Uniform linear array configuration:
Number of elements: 24
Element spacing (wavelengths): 0.75
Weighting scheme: hamming
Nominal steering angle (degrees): -15
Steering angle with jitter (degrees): -13.539
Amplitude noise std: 0.05
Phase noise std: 0.05

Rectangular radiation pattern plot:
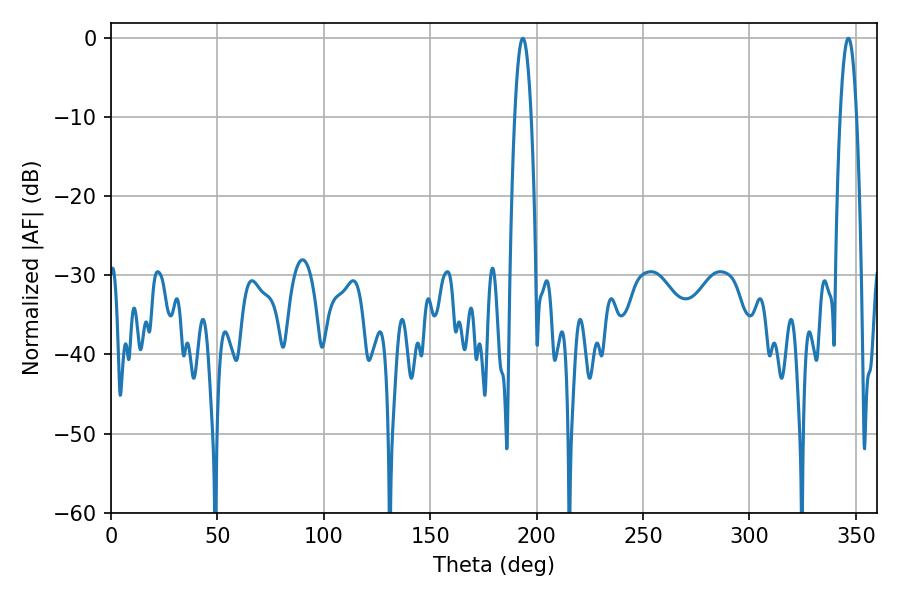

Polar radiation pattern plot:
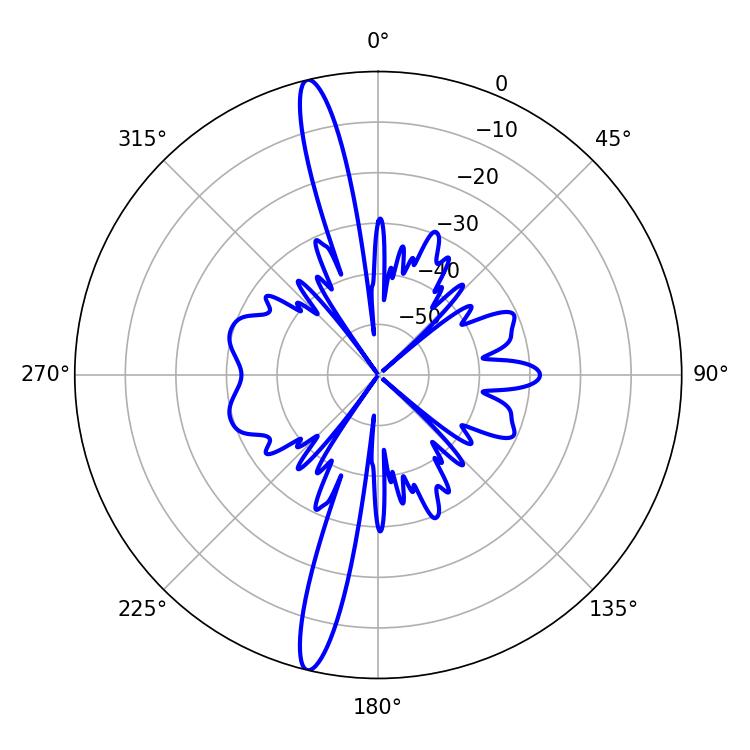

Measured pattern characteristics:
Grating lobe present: TRUE
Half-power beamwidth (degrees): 4.32
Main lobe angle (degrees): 193.5